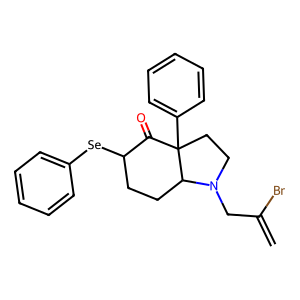
SMILES: C=C(Br)CN1CCC2(c3ccccc3)C(=O)C([Se]c3ccccc3)CCC12
Inhibits HIV replication: No